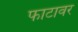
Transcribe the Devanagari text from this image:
फाटावर